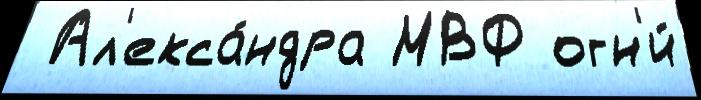
 Ал'екса́ндра МВФ огн'и́